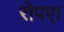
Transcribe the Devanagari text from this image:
रोपएा